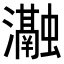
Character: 𭳰